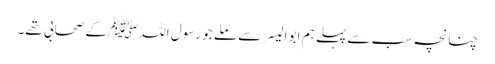
چنانچہ سب سے پہلے ہم ابو الیسر سے ملے جو رسول اللہﷺ کے صحابی تھے۔